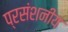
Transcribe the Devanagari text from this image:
प्रसंशनीय